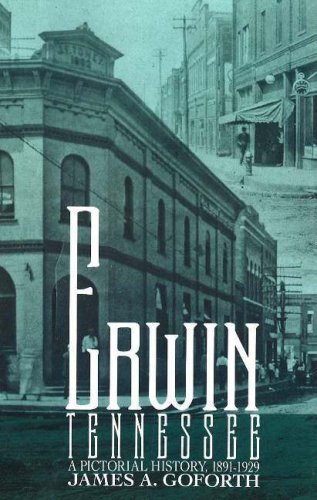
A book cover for Erwin, Tennessee: A Pictorial History, 1891-1929; James A. Goforth; Travel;